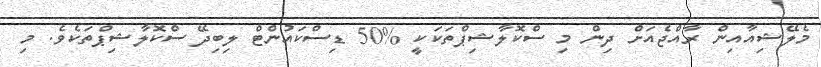
މެލޭޝިއާއިން ރާއްޖެއަށް ދިން މި ސްކޮލާޝިޕްތަކަކީ %50 ޑިސްކައުންޓް ލިބިދޭ ސްކޮލާޝިޕްތަކެވެ. މި